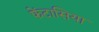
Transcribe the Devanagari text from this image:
फेंटासिया